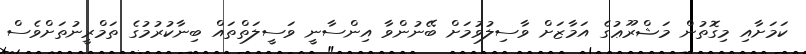
ކަމަށާއި މިގޮތުން މަޝްރޫޢުގެ އަމާޒަށް ވާސިލުވުމަށް ބޭނުންވާ އިންސާނީ ވަސީލަތްތައް ބިނާކުރުމުގެ ތަމްރީނުތަށްވެސް